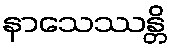
နာသေဿန္တိ